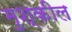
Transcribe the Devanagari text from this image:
मुश्कील